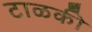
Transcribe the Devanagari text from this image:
टाळकी